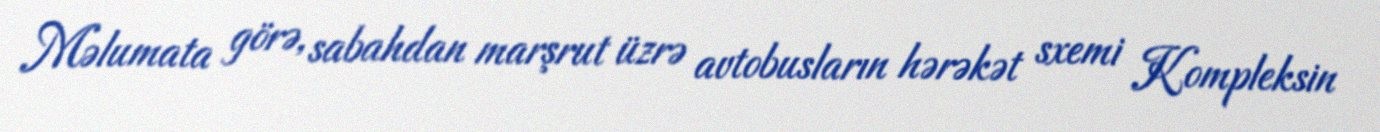
Məlumata görə, sabahdan marşrut üzrə avtobusların hərəkət sxemi Kompleksin